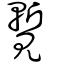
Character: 覱